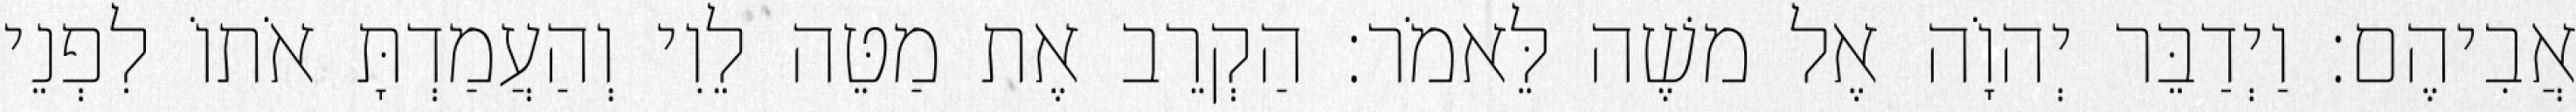
אֲבִיהֶם׃ וַיְדַבֵּר יְהוָֹה אֶל משֶׁה לֵּאמֹר׃ הַקְרֵב אֶת מַטֵּה לֵוִי וְהַעֲמַדְתָּ אֹתוֹ לִפְנֵי